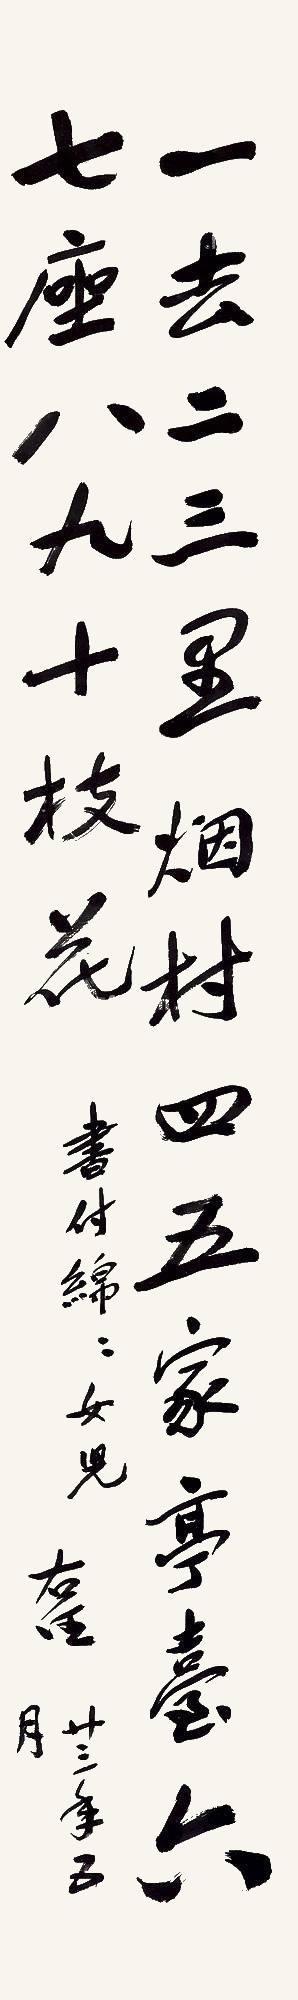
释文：一去二三里，烟村四五家，亭台六七座，八九十枝花。书付绵绵女儿，右任，廿三年五月。